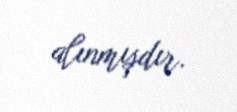
alınmışdır.